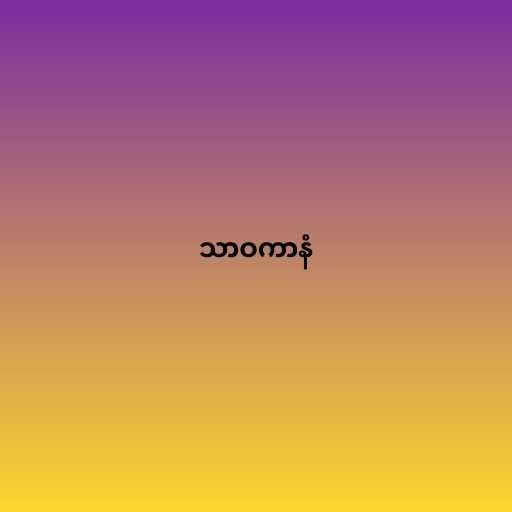
သာဝကာနံ